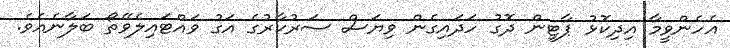
އެހެންވީމާ އިދިކޮޅު ޕާޓީން ދޮގު ހަދައިގެން ވިޔަސް ސަރުކާރުގެ އަގު ވައްޓައިލެވޭތޯ ބަލާނެއެވެ.